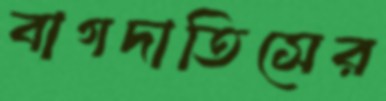
বাগদাতিসের